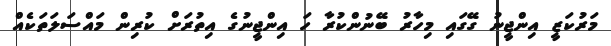
މަރުކަޒީ އިންޖީނު ގޭގައި މިހާރު ބޭނުންކުރާ ހަ އިންޖީނުގެ އިތުރަށް ކުރިން މައްސަލަތަކެއް